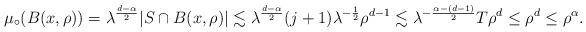
LaTeX: \begin{align*}\mu_\circ(B(x ,\rho))= \lambda^{\frac{d-\alpha}{2}} |S\cap B(x ,\rho)|\lesssim \lambda^{\frac{d-\alpha}{2}} (j+1)\lambda^{-\frac12} \rho^{d-1} \lesssim \lambda^{-\frac{\alpha - (d-1)}{2}} T \rho^{d}\le \rho^d \le \rho^\alpha.\end{align*}